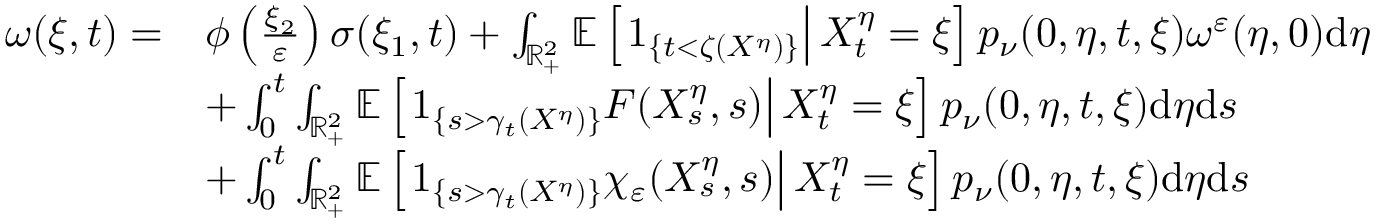
\begin{array} { r l } { \omega ( \xi , t ) = } & { \phi \left( \frac { \xi _ { 2 } } { \varepsilon } \right) \sigma ( \xi _ { 1 } , t ) + \int _ { \mathbb { R } _ { + } ^ { 2 } } \mathbb { E } \left[ \left. 1 _ { \{ t < \zeta ( X ^ { \eta } ) \} } \right| X _ { t } ^ { \eta } = \xi \right] p _ { \nu } ( 0 , \eta , t , \xi ) \omega ^ { \varepsilon } ( \eta , 0 ) \mathrm { d } \eta } \\ & { + \int _ { 0 } ^ { t } \int _ { \mathbb { R } _ { + } ^ { 2 } } \mathbb { E } \left[ \left. 1 _ { \left\{ s > \gamma _ { t } ( X ^ { \eta } ) \right\} } F ( X _ { s } ^ { \eta } , s ) \right| X _ { t } ^ { \eta } = \xi \right] p _ { \nu } ( 0 , \eta , t , \xi ) \mathrm { d } \eta \mathrm { d } s } \\ & { + \int _ { 0 } ^ { t } \int _ { \mathbb { R } _ { + } ^ { 2 } } \mathbb { E } \left[ \left. 1 _ { \left\{ s > \gamma _ { t } ( X ^ { \eta } ) \right\} } \chi _ { \varepsilon } ( X _ { s } ^ { \eta } , s ) \right| X _ { t } ^ { \eta } = \xi \right] p _ { \nu } ( 0 , \eta , t , \xi ) \mathrm { d } \eta \mathrm { d } s } \end{array}